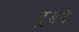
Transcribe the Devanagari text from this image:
ढूंड़ने